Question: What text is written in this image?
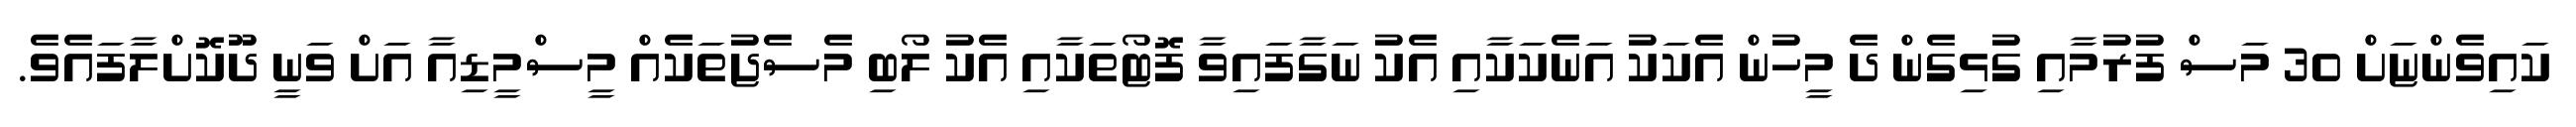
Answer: ކައިވެންޏަށް 30 މަސް ފުރުމާއި ގުޅިގެން ދެ މީހުން އެކަކު އަނެކަކާއި އެކު ނަގާފައިވާ ފޮޓޯތަކާއި އެކު ލޯބި މެސެޖުތަކެއް މީސްމީޑިއާ އަށް ވަނީ ދޫކޮށްލާފައެވެ.